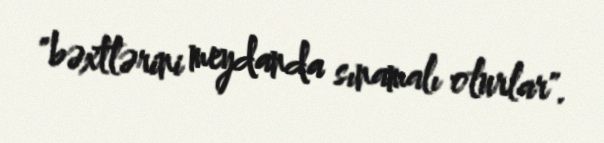
"bəxtlərini meydanda sınamalı olurlar".